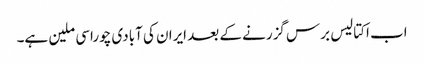
اب اکتالیس برس گزرنے کے بعد ایران کی آبادی چوراسی ملین ہے۔